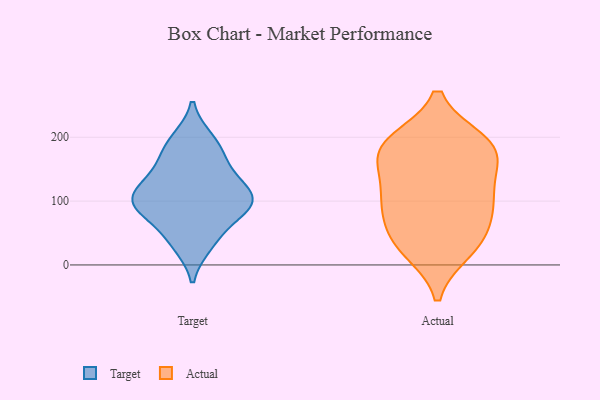
{"axis": {"x": "Population (Million)", "y": "Value"}, "legend": ["Actual", "Target"], "data": [{"x": "", "y": 111, "type": "Target"}, {"x": "", "y": 187, "type": "Target"}, {"x": "", "y": 42, "type": "Target"}, {"x": "", "y": 162, "type": "Target"}, {"x": "", "y": 144, "type": "Target"}, {"x": "", "y": 105, "type": "Target"}, {"x": "", "y": 102, "type": "Target"}, {"x": "", "y": 196, "type": "Target"}, {"x": "", "y": 125, "type": "Target"}, {"x": "", "y": 32, "type": "Target"}, {"x": "", "y": 84, "type": "Target"}, {"x": "", "y": 86, "type": "Target"}, {"x": "", "y": 92, "type": "Target"}, {"x": "", "y": 99, "type": "Actual"}, {"x": "", "y": 63, "type": "Actual"}, {"x": "", "y": 35, "type": "Actual"}, {"x": "", "y": 89, "type": "Actual"}, {"x": "", "y": 23, "type": "Actual"}, {"x": "", "y": 193, "type": "Actual"}, {"x": "", "y": 173, "type": "Actual"}, {"x": "", "y": 193, "type": "Actual"}, {"x": "", "y": 32, "type": "Actual"}, {"x": "", "y": 101, "type": "Actual"}, {"x": "", "y": 121, "type": "Actual"}, {"x": "", "y": 179, "type": "Actual"}, {"x": "", "y": 186, "type": "Actual"}, {"x": "", "y": 149, "type": "Actual"}]}